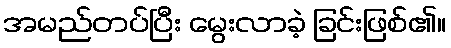
အမည်တပ်ပြီး မွေးလာခဲ့ ခြင်းဖြစ်၏။